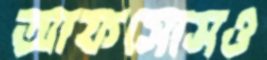
আফসোসও